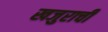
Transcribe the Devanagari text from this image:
खजुराची